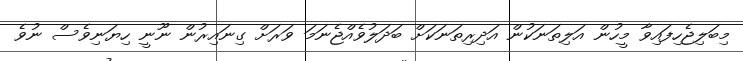
މިބަލިޖެހިފައިވާ މީހުން އަލިތަނަކުން އަދިރިތަނަކަށް ބަދަލުވެއްޖެނަމަ ވަރަށް ގިނައިރުން ނޫނީ ހިޔަނިވެސް ނުވެ